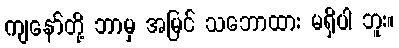
ကျနော်တို့ ဘာမှ အမြင် သဘောထား မရှိပါ ဘူး။